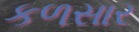
કળસાર